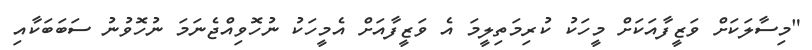
"މިސާލަކަށް ވަޒީފާއަކަށް މީހަކު ކުރިމަތިލީމަ އެ ވަޒީފާއަށް އެމީހަކު ނުހޮވިއްޖެނަމަ ނުހޮވުނު ސަބަބަކާއި